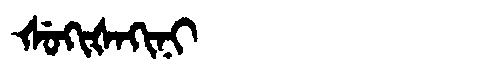
Manchu: ᡧᡠᡴᡳᡧᠠᡴᡳᠨᡳ
Romanization: ŠUKIŠAKINI